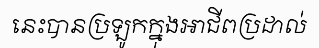
នេះបានប្រឡូកក្នុងអាជីពប្រដាល់